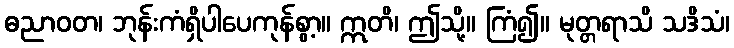
ဓညာဝတ၊ ဘုန်းကံရှိပါပေကုန်စွာ့။ ဣတိ၊ ဤသို့။ ကြံ၍။ မုတ္တရာသိ သဒိသံ၊